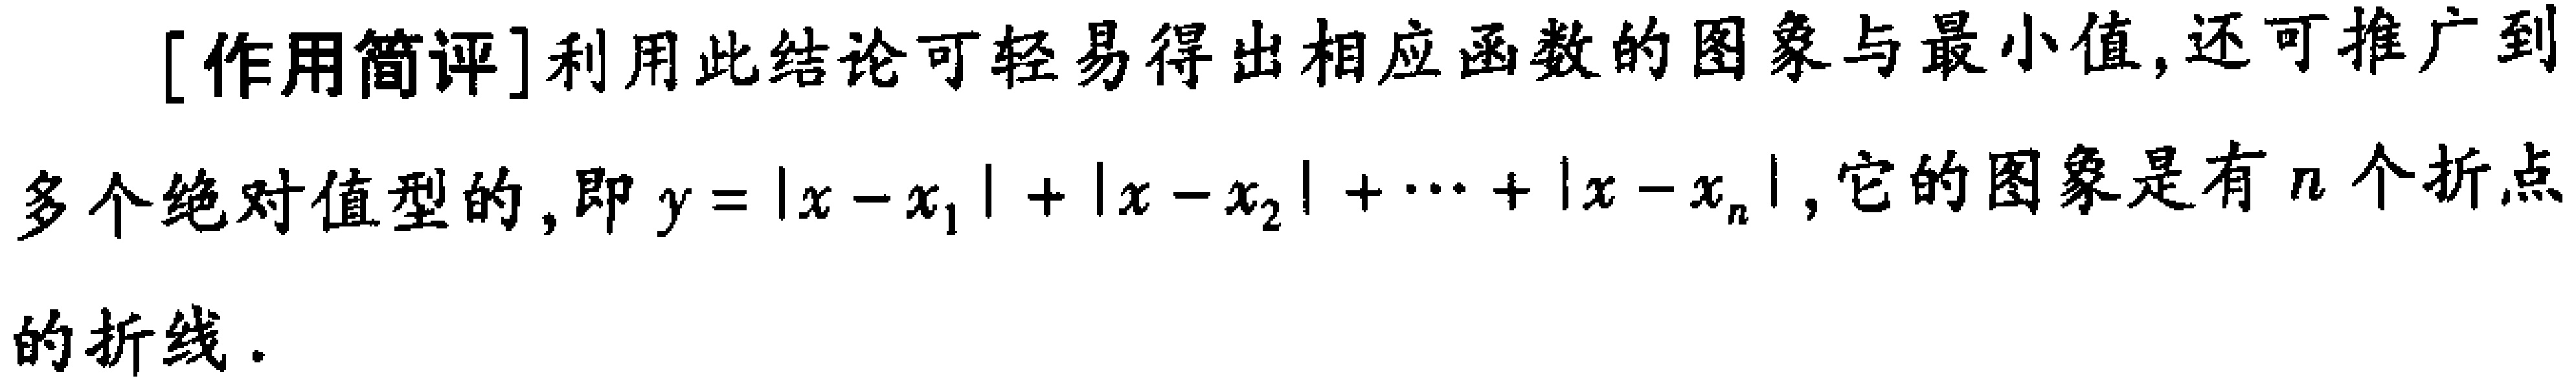
[作用简评]利用此结论可轻易得出相应函数的图象与最小值, 还可推广到多个绝对值型的, 即 \(y = |x - x_1|+|x - x_2|+\cdots+|x - x_n|\), 它的图象是有 \(n\) 个折点的折线.